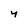
Character: 4